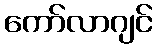
ကော်လာဂျင်